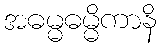
အဓမ္မဓမ္မိကာနိ